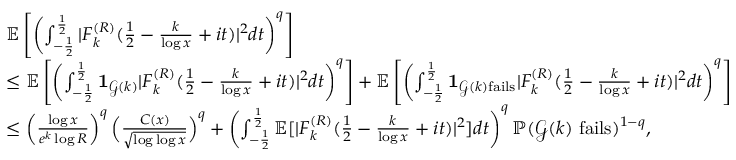
\begin{array} { r l } & { \mathbb E \left[ \left( \int _ { - \frac { 1 } { 2 } } ^ { \frac { 1 } { 2 } } | F _ { k } ^ { ( R ) } ( \frac { 1 } { 2 } - \frac { k } { \log x } + i t ) | ^ { 2 } d t \right) ^ { q } \right] } \\ & { \le \mathbb E \left[ \left( \int _ { - \frac { 1 } { 2 } } ^ { \frac { 1 } { 2 } } \mathbf { 1 } _ { \mathcal { G } ( k ) } | F _ { k } ^ { ( R ) } ( \frac { 1 } { 2 } - \frac { k } { \log x } + i t ) | ^ { 2 } d t \right) ^ { q } \right] + \mathbb E \left[ \left( \int _ { - \frac { 1 } { 2 } } ^ { \frac { 1 } { 2 } } \mathbf { 1 } _ { \mathcal { G } ( k ) \mathrm { f a i l s } } | F _ { k } ^ { ( R ) } ( \frac { 1 } { 2 } - \frac { k } { \log x } + i t ) | ^ { 2 } d t \right) ^ { q } \right] } \\ & { \le \left( \frac { \log x } { e ^ { k } \log R } \right) ^ { q } \Big ( \frac { C ( x ) } { \sqrt { \log \log x } } \Big ) ^ { q } + \left( \int _ { - \frac { 1 } { 2 } } ^ { \frac { 1 } { 2 } } \mathbb E [ | F _ { k } ^ { ( R ) } ( \frac { 1 } { 2 } - \frac { k } { \log x } + i t ) | ^ { 2 } ] d t \right) ^ { q } \mathbb P ( \mathcal { G } ( k ) ~ \mathrm { f a i l s } ) ^ { 1 - q } , } \end{array}